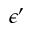
\epsilon ^ { \prime }